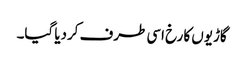
گاڑیوں کا رخ اسی طرف کردیا گیا۔